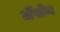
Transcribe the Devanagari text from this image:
जेंसेन